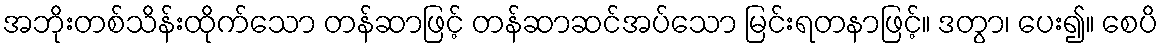
အဘိုးတစ်သိန်းထိုက်သော တန်ဆာဖြင့် တန်ဆာဆင်အပ်သော မြင်းရတနာဖြင့်။ ဒတွာ၊ ပေး၍။ စေပိ